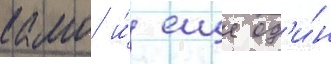
камо и́ еще од'и́н